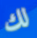
لك